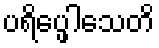
ပရိပ္ဖေါသေတိ